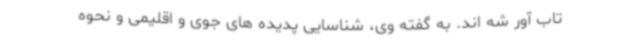
تاب آور شه اند. به گفته وی، شناسایی پدیده های جوی و اقلیمی و نحوه